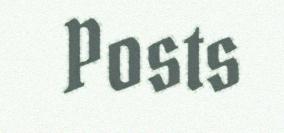
Posts